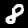
Label: 8